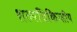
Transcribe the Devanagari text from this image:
शल्यचिकित्सीय